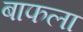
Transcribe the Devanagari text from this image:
बाफला